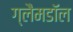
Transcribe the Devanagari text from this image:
ग्लैमडॉल